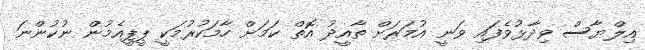
އިލްޔާސް ވިދާޅުވެފައި ވަނީ އުމަރަށް ތާއީދު އޮތް ކަމަށް ހާމަކުރުމަކީ ޕީޕީއެމުން ނުކުންނަ